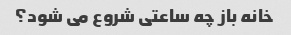
خانه باز چه ساعتی شروع می شود؟